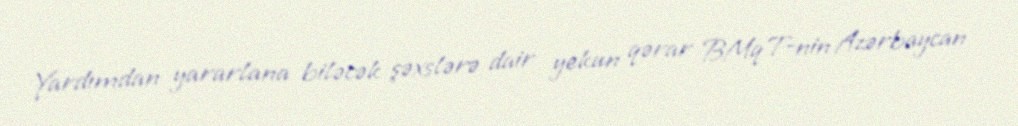
Yardımdan yararlana biləcək şəxslərə dair yekun qərar BMqT-nin Azərbaycan